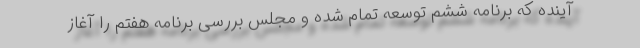
آینده که برنامه ششم توسعه تمام شده و مجلس بررسی برنامه هفتم را آغاز